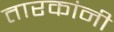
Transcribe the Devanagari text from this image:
तारकांनी